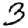
Digit: 3